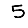
Digit: 5